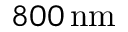
8 0 0 \, \mathrm { n m }